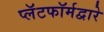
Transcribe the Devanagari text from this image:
प्लॅटफॉर्मद्वारे